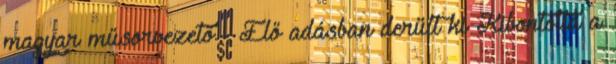
magyar műsorvezető - Élő adásban derült ki Kibontotta a